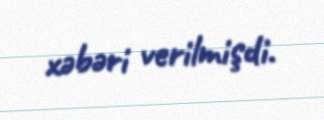
xəbəri verilmişdi.